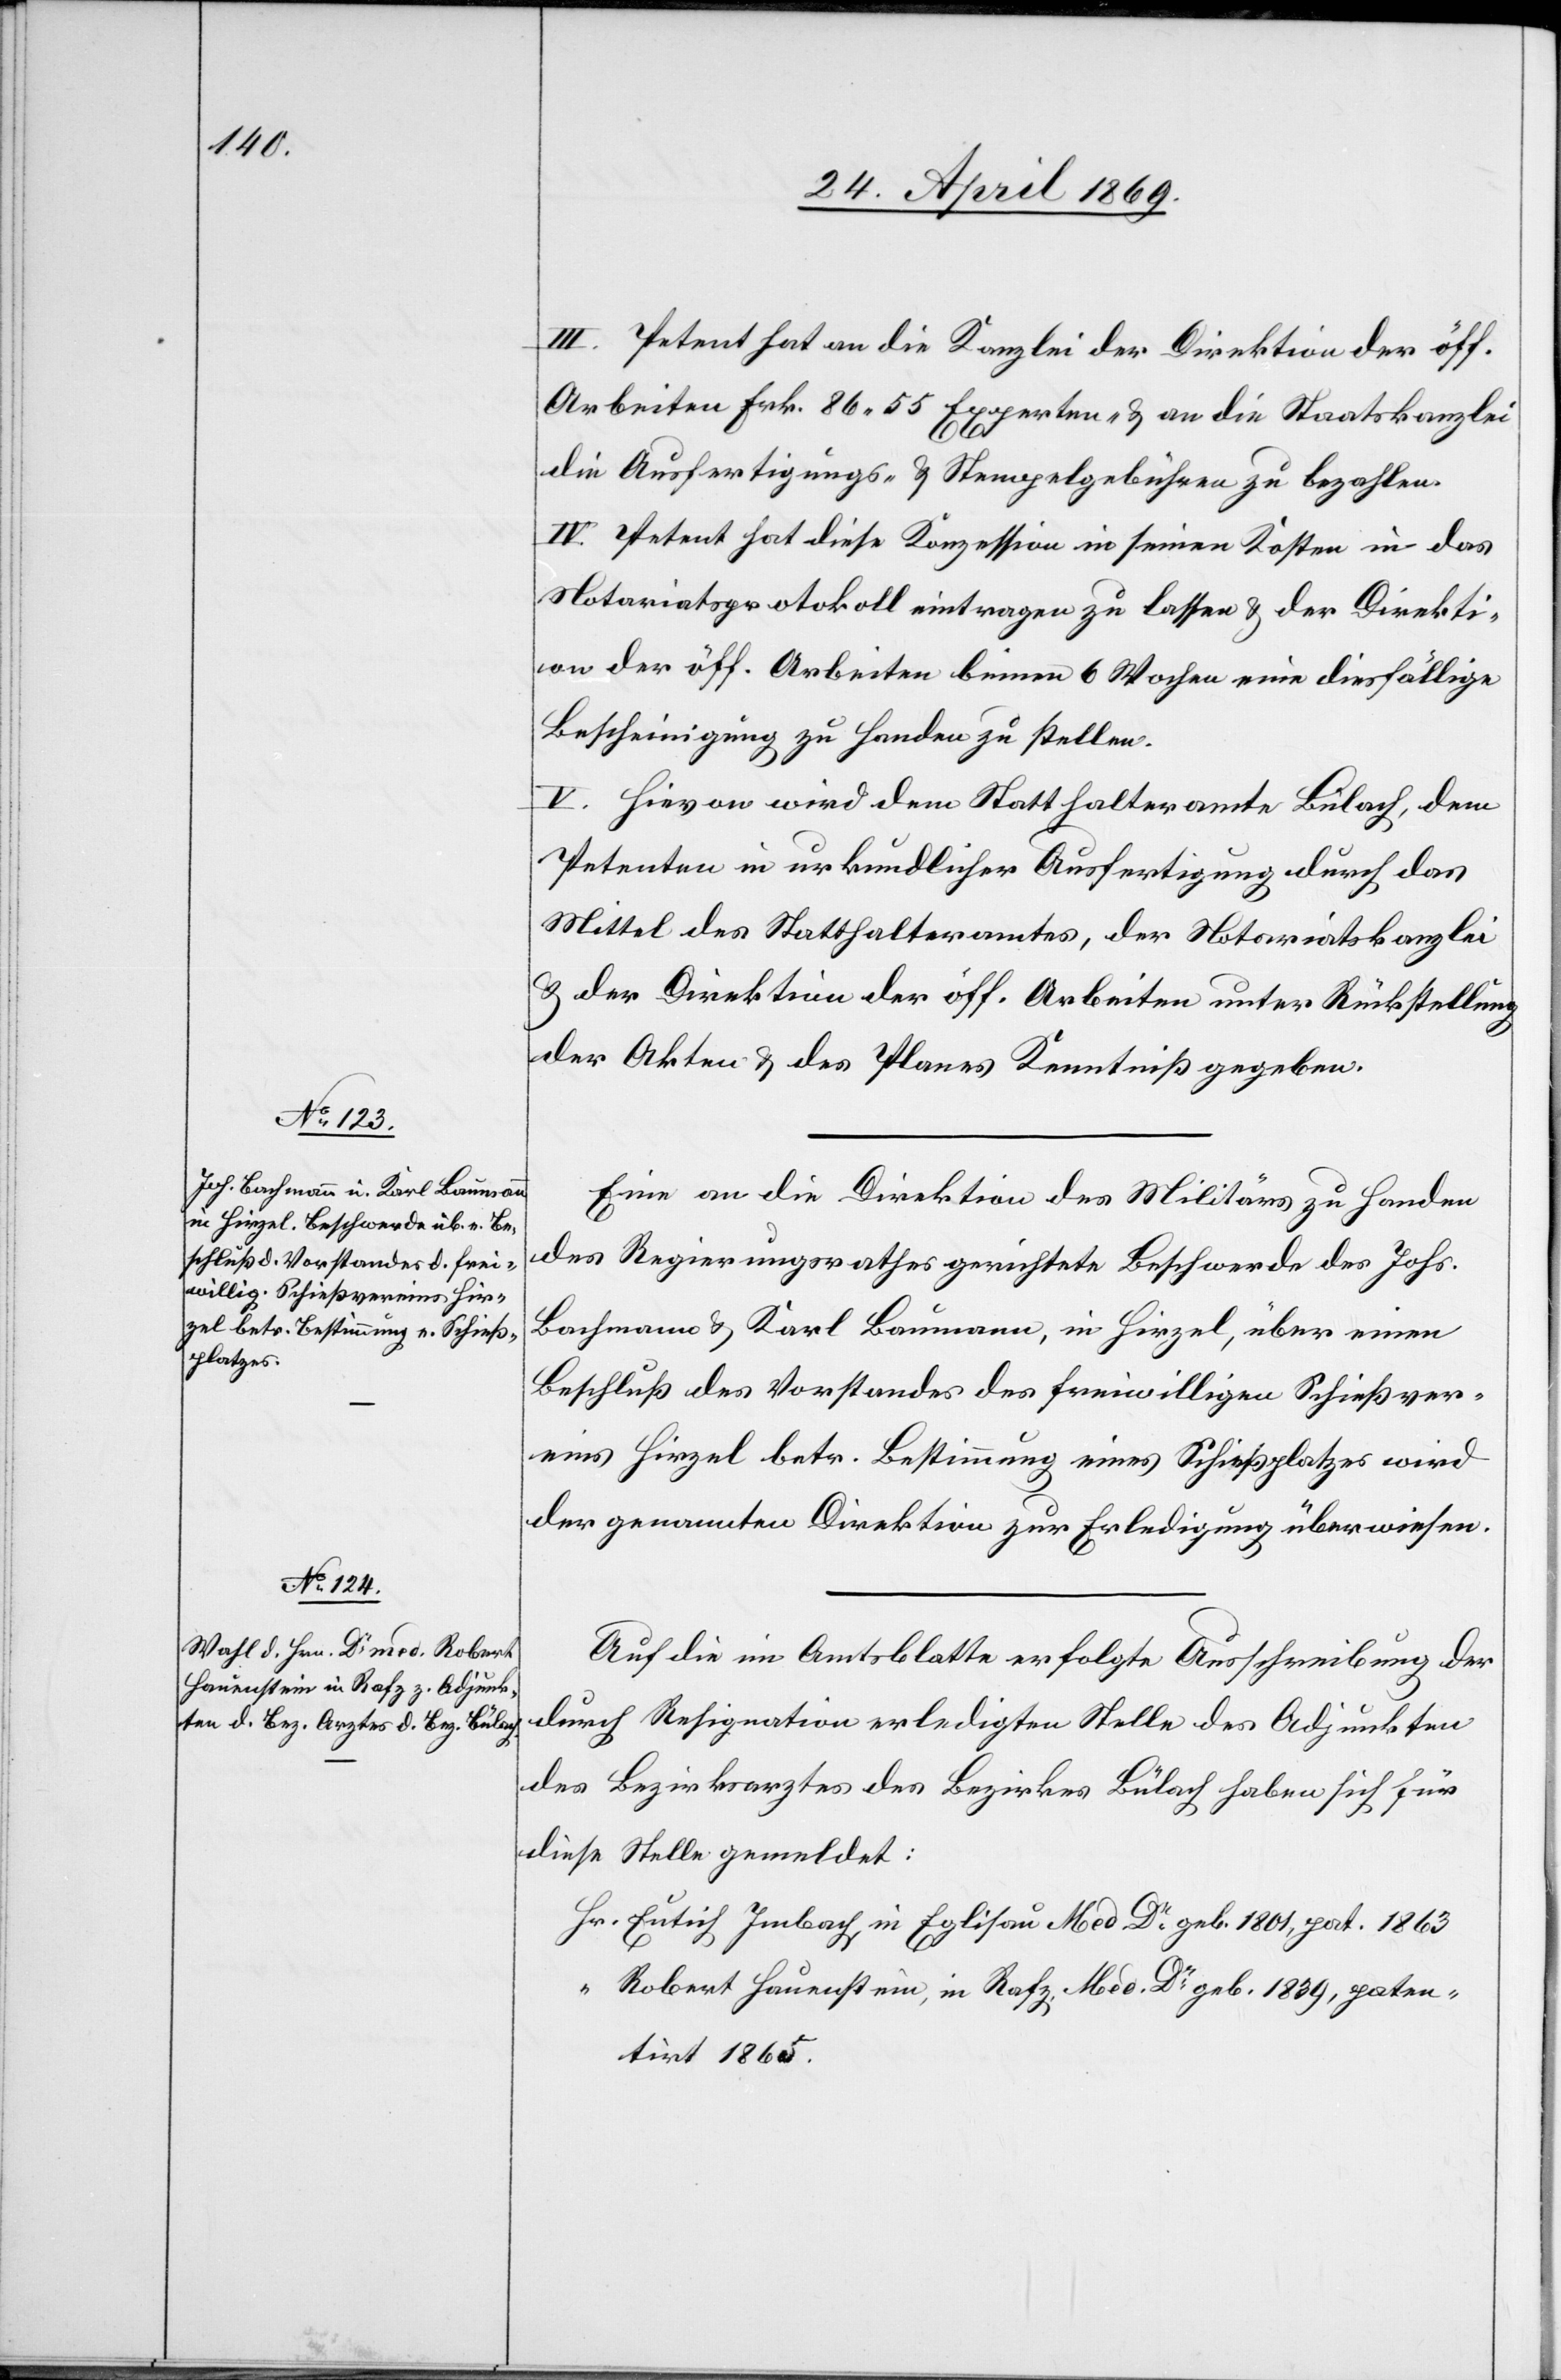
III. Petent hat an die Kanzlei der Direktion der öff.
Arbeiten Frk. 86.55 Experten- u. an die Staatskanzlei
die Ausfertigungs- u. Stempelgebühren zu bezahlen.
IV. Petent hat diese Konzession in seinen Kosten in das
Notariatsprotokoll eintragen zu lassen u. der Direkti¬
on der öff. Arbeiten binnen 6 Wochen eine diesfällige
Bescheinigung zu Handen zu stellen.
V. Hievon wird der Statthalteramte Bülach, dem
Petenten in urkundlicher Ausfertigung durch das
Mittel des Statthalteramtes, der Notariatskanzlei
u. der Direktion der öff. Arbeiten unter Rückstellung
der Akten u. des Planes Kenntniß gegeben.
Eine an die Direktion des Militärs zu Handen
des Regierungsrathes gerichtete Beschwerde des Johs.
Bachmann u. Karl Baumann, in Hirzel, über einen
Beschluß des Vorstandes des freiwilligen Schießver¬
eines Hirzel betr. Bestimmung eines Schießplatzes wird
der genannten Direktion zur Erledigung überwiesen.
Auf die im Amtsblatte erfolgte Ausschreibung der
durch Resignation erledigten Stelle des Adjunkten
des Bezirksarztes des Bezirkes Bülach haben sich für
diese Stelle gemeldet:
Hr. Eutich Imbach, in Eglisau Med Dr geb. 1801 pat. 1863
“ Robert Hauenstein, in Rafz, Med Dr geb. 1839, paten¬
tirt 1865.